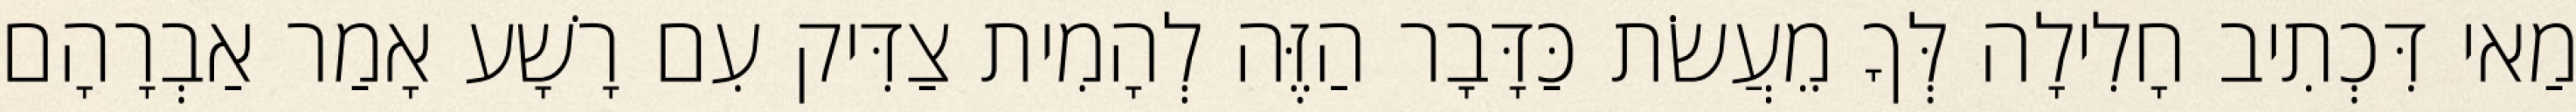
מַאי דִּכְתִיב חָלִילָה לְּךָ מֵעֲשֹׂת כַּדָּבָר הַזֶּה לְהָמִית צַדִּיק עִם רָשָׁע אָמַר אַבְרָהָם